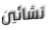
تشائين